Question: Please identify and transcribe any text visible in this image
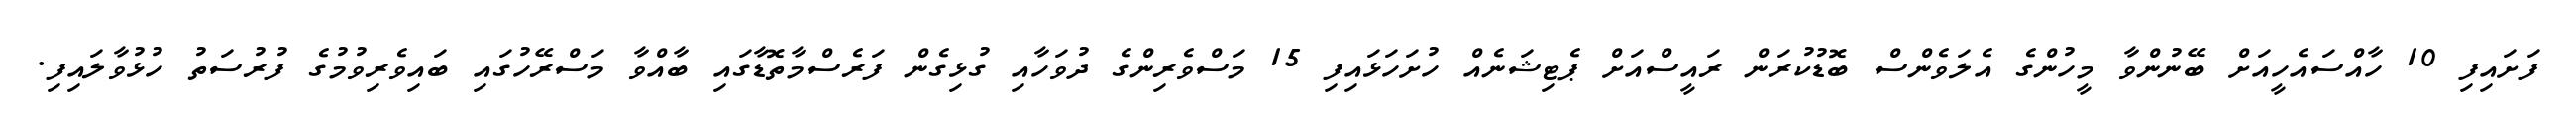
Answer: ފަށައިފި 10 ހާއްސައެހީއަށް ބޭނުންވާ މީހުންގެ އެލަވެންސް ބޮޑުކުރަން ރައީސްއަށް ޕެޓިޝަނެއް ހުށަހަޅައިފި 15 މަސްވެރިންގެ ދުވަހާއި ގުޅިގެން ފަރެސްމާތޮޑާގައި ބާއްވާ މަސްރޭހުގައި ބައިވެރިވުމުގެ ފުރުސަތު ހުޅުވާލައިފި.